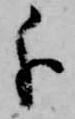
分